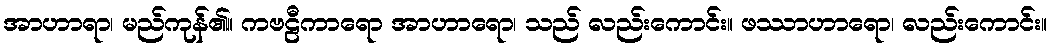
အာဟာရာ၊ မည်ကုန်၏။ ကဗဠီကာရော အာဟာရော၊ သည် လည်းကောင်း။ ဖဿာဟာရော၊ လည်းကောင်း။